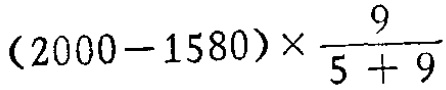
\((2000 - 1580)\times\frac{9}{5 + 9}\)